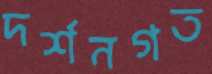
দর্শনগত